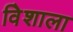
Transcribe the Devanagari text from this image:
विेशाला